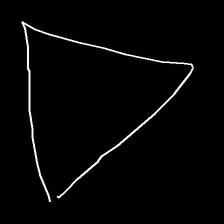
Glyph: convergence